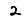
Digit: 2